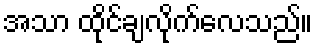
အသာ ထိုင်ချလိုက်လေသည်။